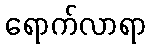
ရောက်လာရာ